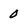
Character: 0